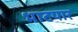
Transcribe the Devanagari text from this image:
भाटपार